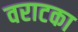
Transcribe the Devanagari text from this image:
वराटका